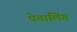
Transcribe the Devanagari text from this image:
पेतालिंग